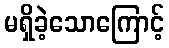
မရှိခဲ့သောကြောင့်